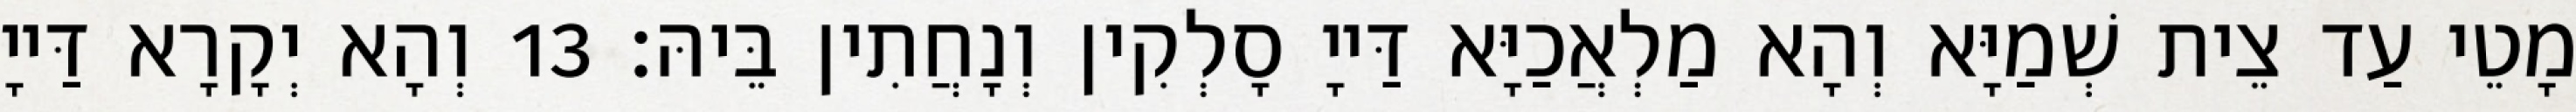
מָטֵי עַד צֵית שְׁמַיָּא וְהָא מַלְאֲכַיָּא דַּייָ סָלְקִין וְנָחֲתִין בֵּיהּ׃ 13 וְהָא יְקָרָא דַּייָ